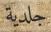
جلدیة